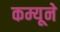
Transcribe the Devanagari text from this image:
कम्यूने